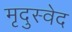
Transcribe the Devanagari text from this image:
मृदुस्वेद